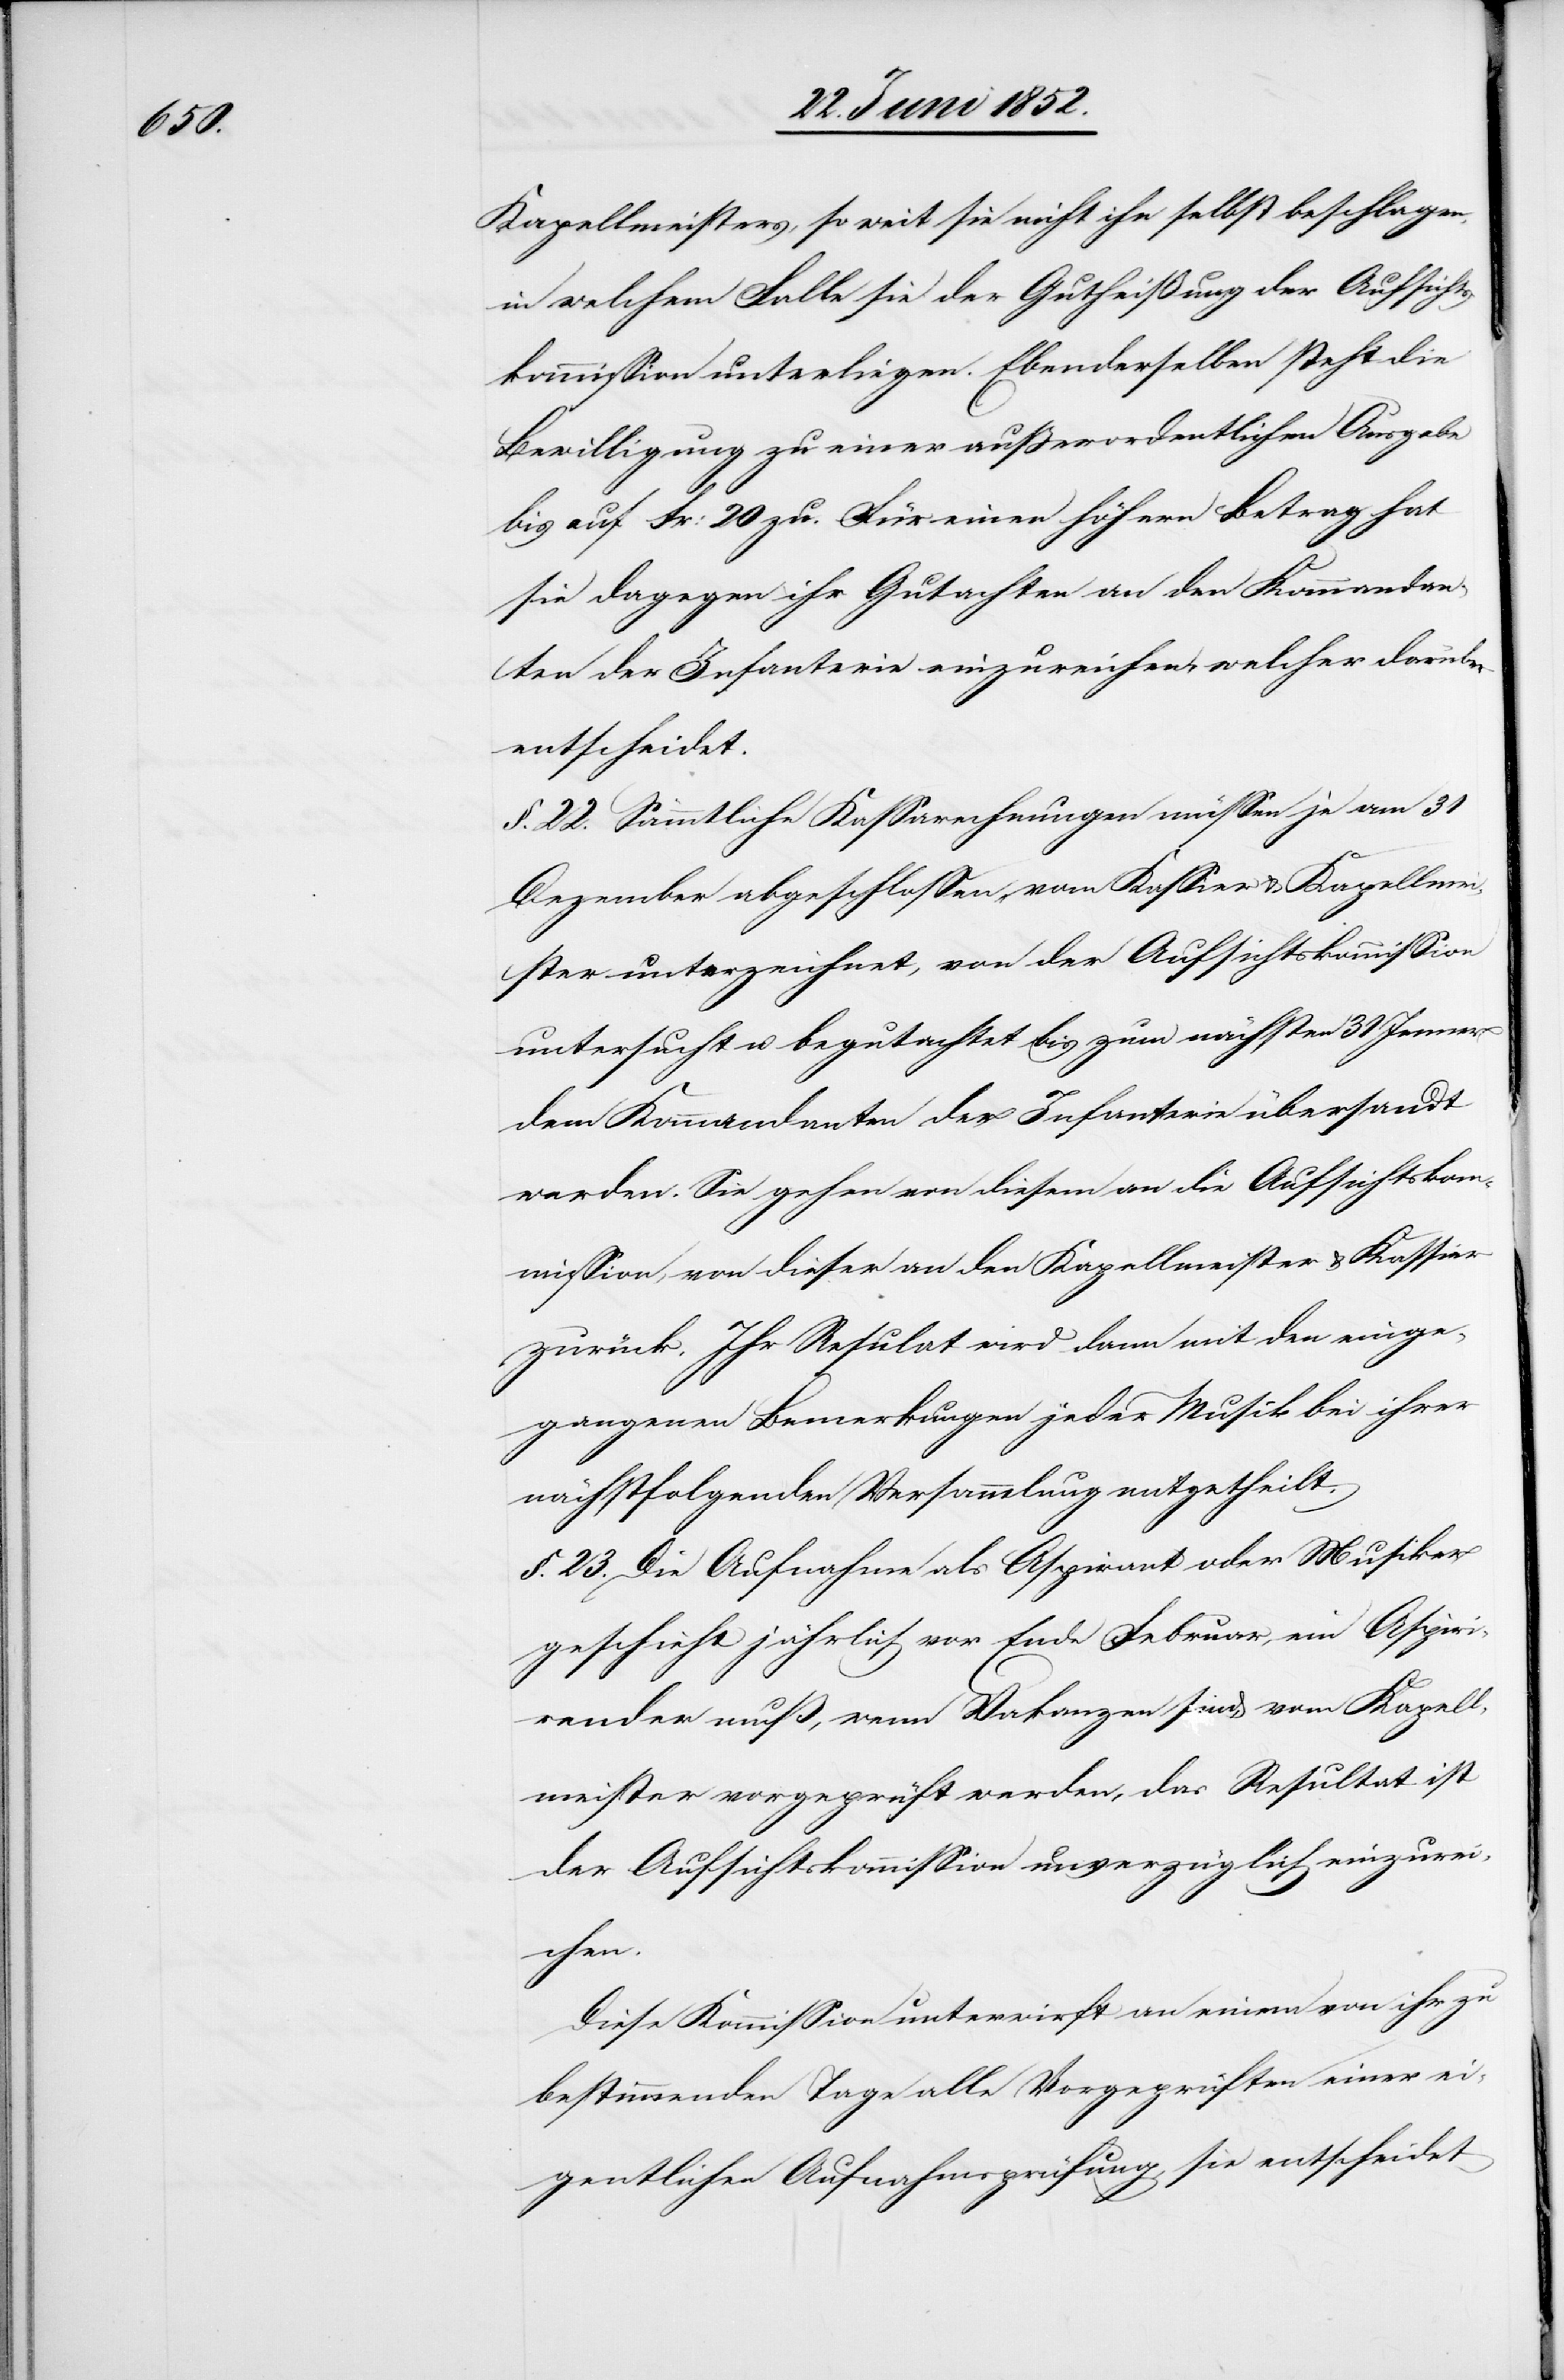
Kapellmeisters, so weit sie nicht ihn selbst beschlagen,
in welchem Falle sie der Gutheißung der Aufsichts¬
kommission unterliegen. Ebenderselben steht die
Bewilligung zu einer außerordentlichen Ausgabe
bis auf Fr: 20 zu. Für einen höhern Betrag hat
sie dagegen ihr Gutachten an den Kommandan¬
ten der Infanterie einzureichen, welcher darüber
entscheidet.
§. 22. Sämmtliche Kassarechnungen müssen je am 31
Dezember abgeschlossen, vom Kassier & Kapellme¬
ister unterzeichnet, von der Aufsichtskommission
untersucht u. begutachtet bis zum nächsten 31 Jenner
dem Kommandanten der Infanterie übersandt
werden. Sie gehen von diesem an die Aufsichtskom¬
mission, von dieser an den Kapellmeister & Kassier
zurück. Ihr Resultat wird dann mit den einge¬
gangenen Bemerkungen jeder Musik bei ihrer
nächstfolgenden Versammlung mitgetheilt.
§. 23. Die Aufnahme als Aspirant oder Musiker
geschieht jährlich vor Ende Februar, ein Aspiri¬
render muß, wenn Vakanzen sind, vom Kapell¬
meister vorgeprüft werden, das Resultat ist
der Aufsichtskommission unverzüglich einzurei¬
chen.
Diese Kommission unterwirft an einem von ihr zu
bestimmenden Tage alle Vorgeprüften einer ei¬
gentlichen Aufnahmsprüfung, sie entscheidet